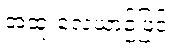
အထူးလေယာဉ်ဖြင့်